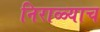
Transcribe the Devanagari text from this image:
निराळ्याच